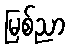
မြစ်ညာ